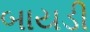
બાયડી